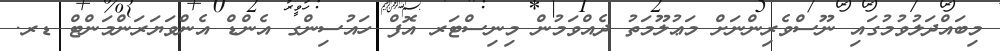
މިބައްދަލުވުމުގައި ނޫސްވެރިންނަށް މަޢުލޫމަތު ދެއްވަމުން މިނިސްޓަރ އޮފް ހައުސިންގ އެންޑް އެންވަޔަރަންމަންޓް ޑރ.